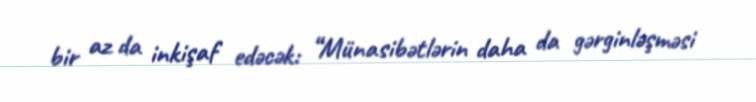
bir az da inkişaf edəcək: “Münasibətlərin daha da gərginləşməsi